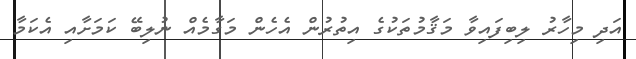
އަދި މިހާރު ލިބިފައިވާ މަޤާމުތަކުގެ އިތުރުން އެހެން މަގާމެއް ނުލިބޭ ކަމަށާއި އެކަމާ